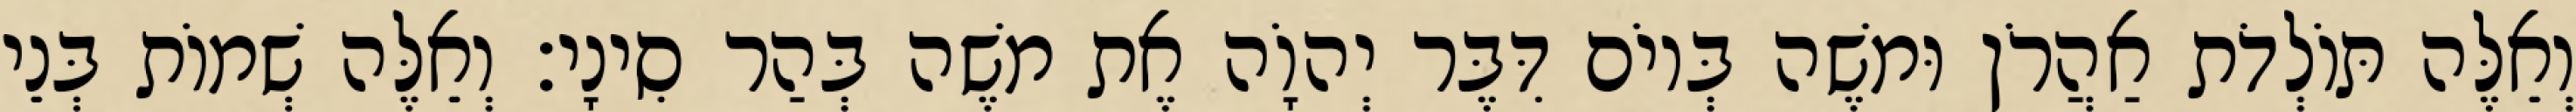
וְאֵלֶּה תּוֹלְדֹת אַהֲרֹן וּמשֶׁה בְּיוֹם דִּבֶּר יְהוָֹה אֶת משֶׁה בְּהַר סִינָי׃ וְאֵלֶּה שְׁמוֹת בְּנֵי